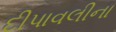
દીપાવલીના